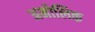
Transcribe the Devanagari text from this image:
अमोलिक